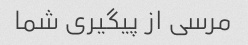
مرسی از پیگیری شما